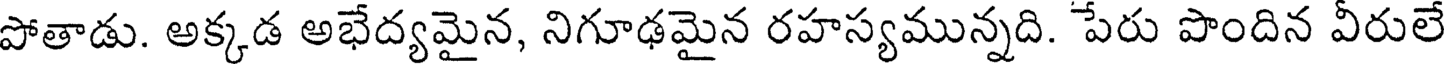
పోతాడు. అక్కడ అభేద్యమైన, నిగూఢమైన రహస్యమున్నది. పేరు పొందిన వీరులే